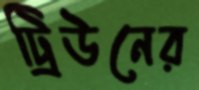
ট্রিউনের